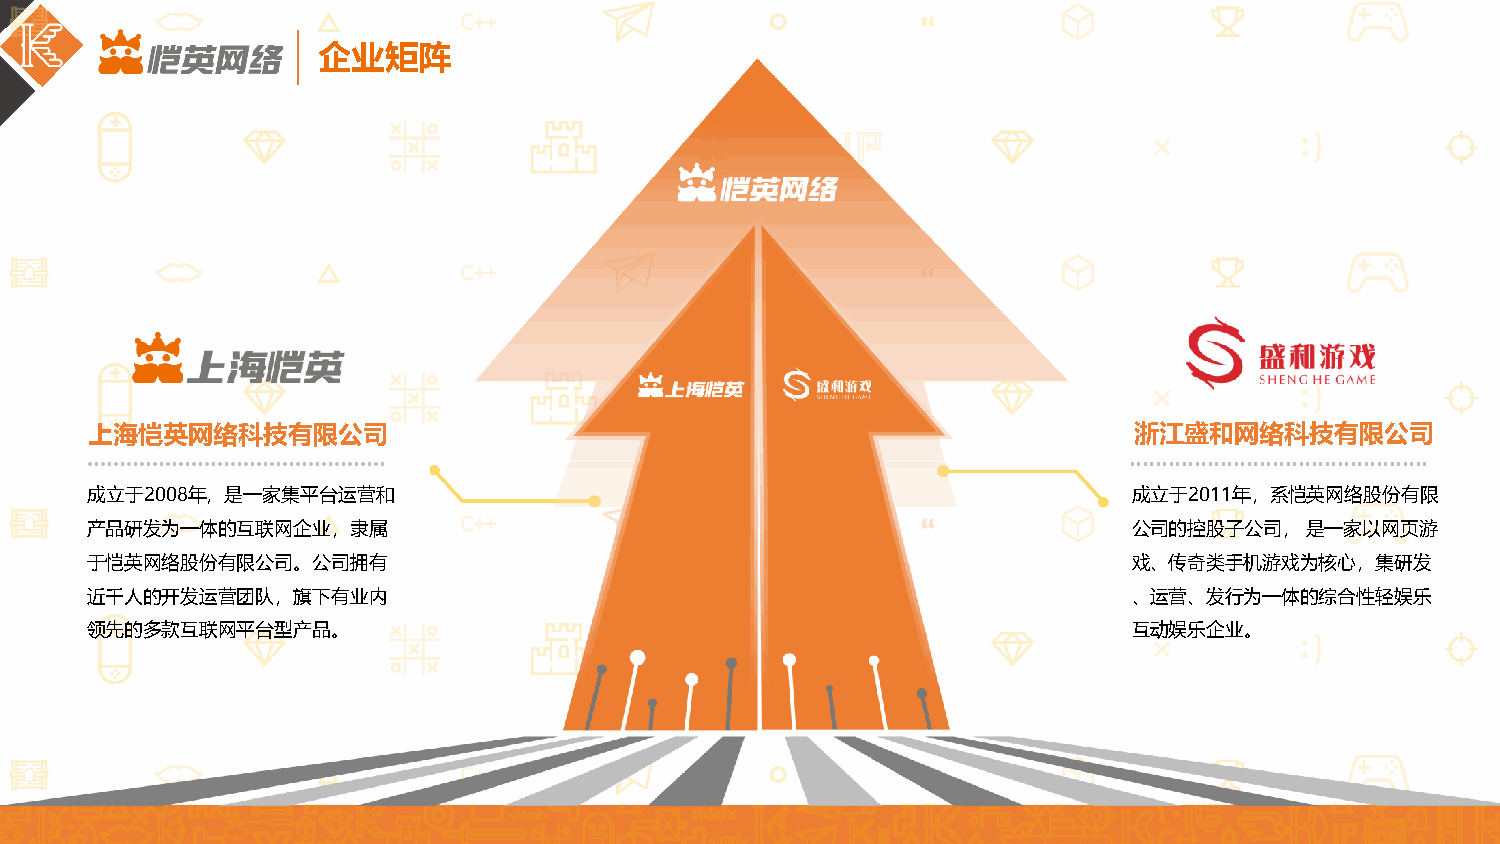
企业矩阵
 上海恺英网络科技有限公司                                                         浙江盛和网络科技有限公司
 成立于2008年，是一家集平台运营和                                                   成立于2011年，系恺英网络股份有限
 产品研发为一体的互联网企业，隶属                                                     公司的控股子公司，是一家以网页游
 于恺英网络股份有限公司。公司拥有                                                     戏、传奇类手机游戏为核心，集研发
 近千人的开发运营团队，旗下有业内                                                     、运营、发行为一体的综合性轻娱乐
 领先的多款互联网平台型产品。                                                       互动娱乐企业。